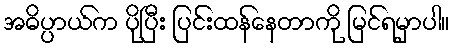
အဓိပ္ပာယ်က ပိုပြီး ပြင်းထန်နေတာကို မြင်ရမှာပါ။